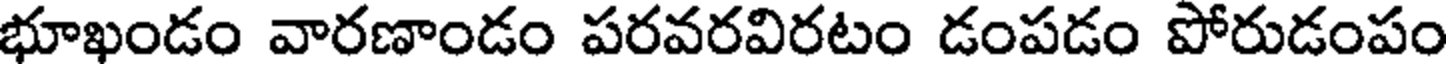
భూఖండం వారణాండం పరవరవిరటం డంపడం పోరుడంపం